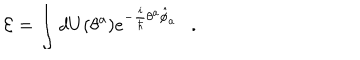
LaTeX: { \cal E } = \int d U ( \theta ^ { a } ) e ^ { - \frac { i } { \hbar } \theta ^ { a } \hat { \phi } _ { a } } \ \ \ .